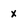
Character: x